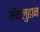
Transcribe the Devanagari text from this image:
मॅकलुहान